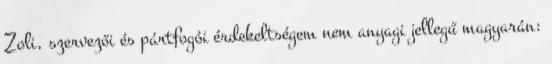
Zoli, szervezői és pártfogói érdekeltségem nem anyagi jellegű magyarán: